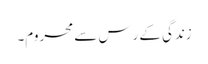
زندگی کے رَس سے محروم۔